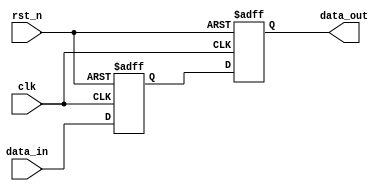
// This program was cloned from: https://github.com/chipsalliance/aib-phy-hardware
// License: Apache License 2.0

// SPDX-License-Identifier: Apache-2.0
// Copyright (C) 2019 Intel Corporation. 
module aib_bitsync
  #(
    parameter DWIDTH = 1'b1,    // Sync Data input
    parameter RESET_VAL = 1'b0  // Reset value
    )
    (
    input  wire              clk,     // clock
    input  wire              rst_n,   // async reset
    input  wire [DWIDTH-1:0] data_in, // data in
    output wire [DWIDTH-1:0] data_out // data out
     );


   // End users may pass in RESET_VAL with a width exceeding 1 bit
   // Evaluate the value first and use 1 bit value
   localparam RESET_VAL_1B = (RESET_VAL == 'd0) ? 1'b0 : 1'b1;

   reg [DWIDTH-1:0]  dff2;
   reg [DWIDTH-1:0]  dff1;

   always @(posedge clk or negedge rst_n)
      if (!rst_n) begin
         dff2     <= {DWIDTH{RESET_VAL_1B}}; 
         dff1     <= {DWIDTH{RESET_VAL_1B}}; 
      end
      else begin
         dff2     <= dff1;
         dff1     <= data_in;
      end

   assign data_out = dff2;


endmodule // aib_bitsync